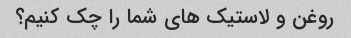
روغن و لاستیک های شما را چک کنیم؟